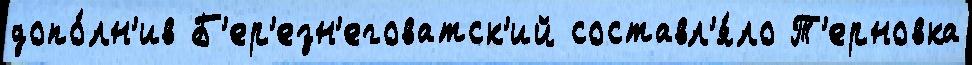
допо́лн'ив Б'ер'езн'еговатск'ий составл'я́ло Т'ерновка